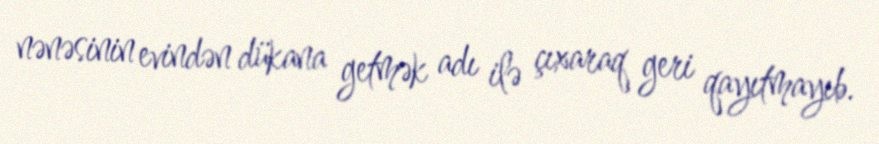
nənəsinin evindən dükana getmək adı ilə çıxaraq geri qayıtmayıb.